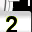
Digit: 2